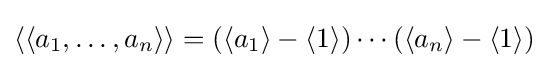
\langle \langle a_{1},\ldots ,a_{n}\rangle \rangle =(\langle a_{1}\rangle -\langle 1\rangle )\cdots (\langle a_{n}\rangle -\langle 1\rangle )